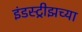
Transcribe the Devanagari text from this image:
इंडस्ट्रीझच्या